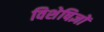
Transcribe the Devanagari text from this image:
विशेषिज्ञों